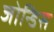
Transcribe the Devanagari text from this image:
जोन्डिस